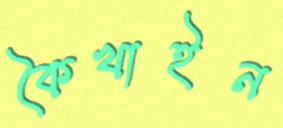
কৈখাইন